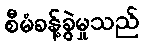
စီမံခန့်ခွဲမှုသည်